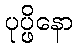
ပုပ္ဖိနော